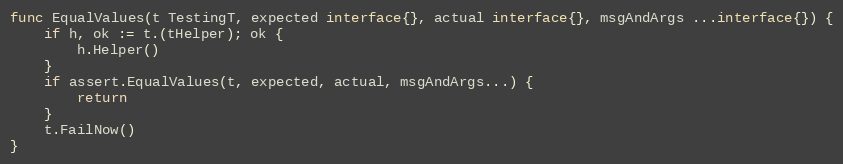
Language: Go
func EqualValues(t TestingT, expected interface{}, actual interface{}, msgAndArgs ...interface{}) {
	if h, ok := t.(tHelper); ok {
		h.Helper()
	}
	if assert.EqualValues(t, expected, actual, msgAndArgs...) {
		return
	}
	t.FailNow()
}